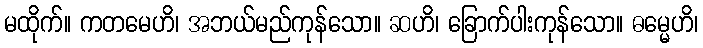
မထိုက်။ ကတမေဟိ၊ အဘယ်မည်ကုန်သော။ ဆဟိ၊ ခြောက်ပါးကုန်သော။ ဓမ္မေဟိ၊